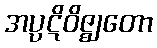
အပ္ပဋိဝိဇ္ဈတော